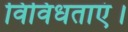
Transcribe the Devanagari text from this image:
विविधताएं।